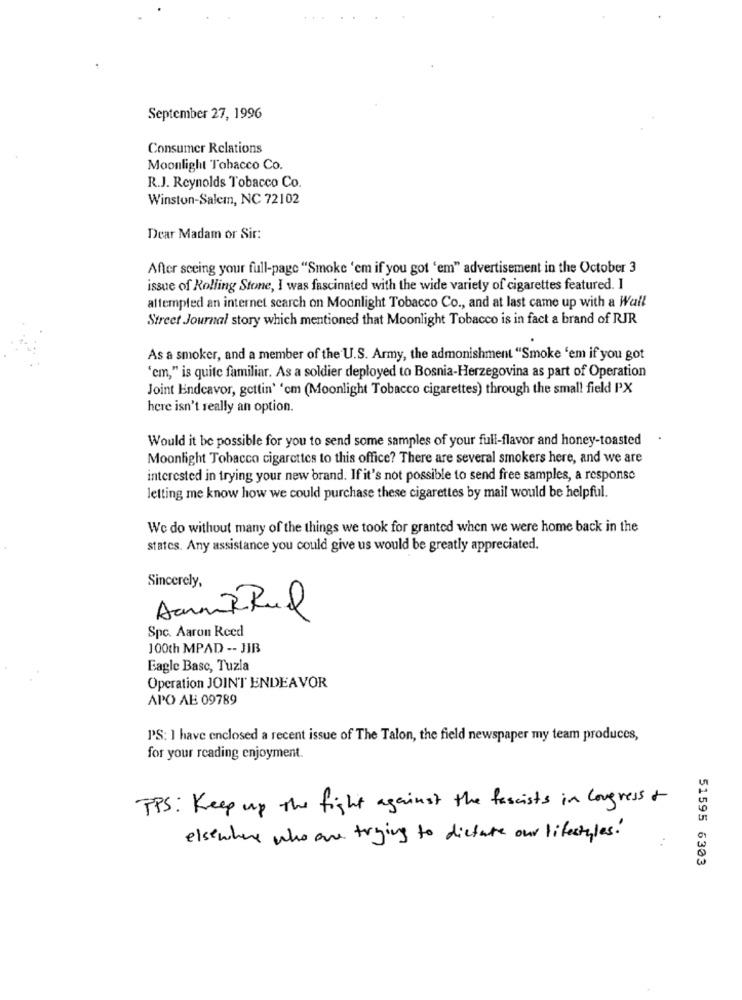
September 27, 1996
Consumer Relations
Moonlight Tobacco Co.
R.J. Reynolds Tobacco Co.
Winston-Salem, NC 72102
Dear Madam or Sir:
After seeing your full-page "Smoke 'em if you got 'em" advertisement in the October 3
issue of Rolling Stone, I was fascinated with the wide variety of cigarettes featured. I
attempted an internet search on Moonlight Tobacco Co ., and at last came up with a Wall
Street Journal story which mentioned that Moonlight Tobacco is in fact a brand of RJR
As a smoker, and a member of the U.S. Army, the admonishment "Smoke 'em if you got
'cm," is quite familiar. As a soldier deployed to Bosnia-Herzegovina as part of Operation
Joint Endeavor, gettin' 'cm (Moonlight Tobacco cigarettes) through the small field PX
here isn't really an option.
Would it be possible for you to send some samples of your full-flavor and honey-toasted
.
Moonlight Tobacco cigarettes to this office? There are several smokers here, and we are
interested in trying your new brand. If it's not possible to send free samples, a response
letting me know how we could purchase these cigarettes by mail would be helpful.
We do without many of the things we took for granted when we were home back in the
states. Any assistance you could give us would be greatly appreciated.
Sincerely,
Acun R Rul
Spc. Aaron Reed
100th MPAD -- JIB
Eagle Basc, Tuzla
Operation JOINT ENDEAVOR
APO AB 09789
PS: I have enclosed a recent issue of The Talon, the field newspaper my team produces,
for your reading enjoyment.
PPS: Keep up the fight against the fascists in congress &
elsewhere who are trying to dictate our lifestyles!
51595 6303